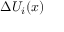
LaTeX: \Delta U _ { i } ( x )